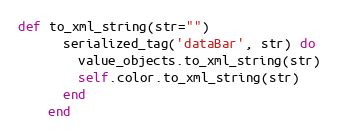
Language: Ruby
def to_xml_string(str="")
      serialized_tag('dataBar', str) do
        value_objects.to_xml_string(str)
        self.color.to_xml_string(str)
      end
    end